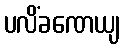
ပလိံခဏေယျ